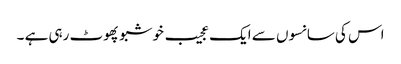
اس کی سانسوں سے ایک عجیب خوشبو پھوٹ رہی ہے ۔